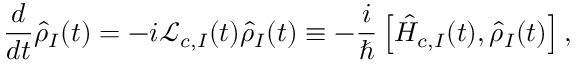
\frac { d } { d t } \hat { \rho } _ { I } ( t ) = - i { \mathcal L } _ { c , I } ( t ) \hat { \rho } _ { I } ( t ) \equiv - \frac { i } { \hbar } \left[ \hat { H } _ { c , I } ( t ) , \hat { \rho } _ { I } ( t ) \right] ,